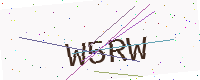
Text: W5RW